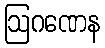
ဩဂဏေန